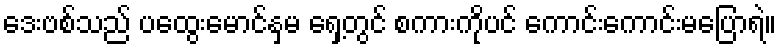
ဒေးဗစ်သည် ပထွေးမောင်နှမ ရှေ့တွင် စကားကိုပင် ကောင်းကောင်းမပြောရဲ။